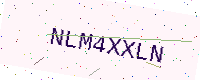
Text: NLM4XXLN